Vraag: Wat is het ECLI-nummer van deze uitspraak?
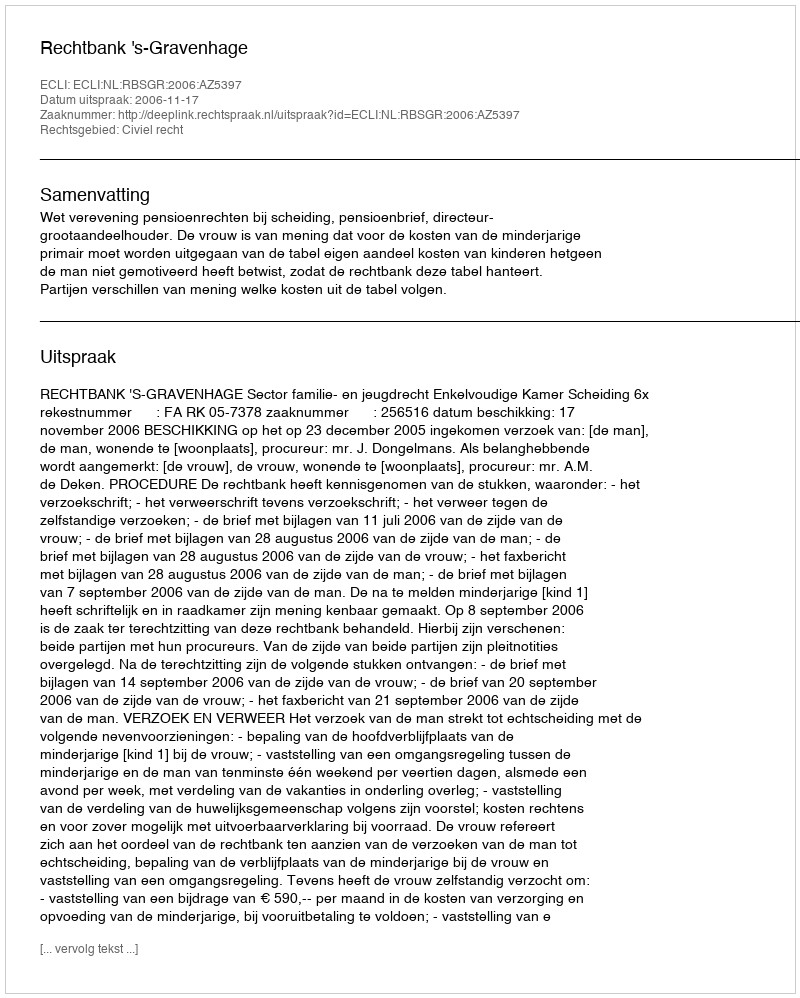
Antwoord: ECLI:NL:RBSGR:2006:AZ5397